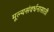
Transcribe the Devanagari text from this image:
मूल्यसंवर्धनासाठी